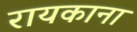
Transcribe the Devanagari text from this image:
रायकाना